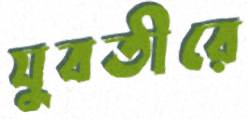
যুবতীরে